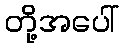
တို့အပေါ်